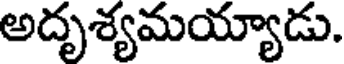
అదృశ్యమయ్యాడు.